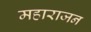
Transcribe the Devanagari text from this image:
महाराजन